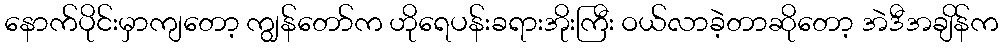
နောက်ပိုင်းမှာကျတော့ ကျွန်တော်က ဟိုရေပန်းခရားအိုးကြီး ဝယ်လာခဲ့တာဆိုတော့ အဲဒီအချိန်က